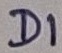
Text: D1